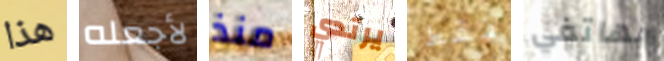
هذا لأجعله منذ يرتدي فقط بهاتفي